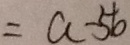
= a - 5 b